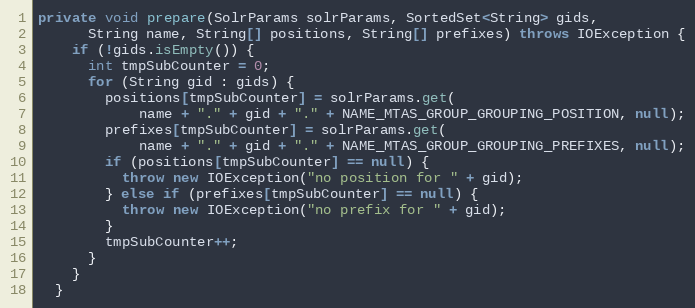
Language: Java
private void prepare(SolrParams solrParams, SortedSet<String> gids,
      String name, String[] positions, String[] prefixes) throws IOException {
    if (!gids.isEmpty()) {
      int tmpSubCounter = 0;
      for (String gid : gids) {
        positions[tmpSubCounter] = solrParams.get(
            name + "." + gid + "." + NAME_MTAS_GROUP_GROUPING_POSITION, null);
        prefixes[tmpSubCounter] = solrParams.get(
            name + "." + gid + "." + NAME_MTAS_GROUP_GROUPING_PREFIXES, null);
        if (positions[tmpSubCounter] == null) {
          throw new IOException("no position for " + gid);
        } else if (prefixes[tmpSubCounter] == null) {
          throw new IOException("no prefix for " + gid);
        }
        tmpSubCounter++;
      }
    }
  }